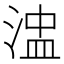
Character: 𰜒